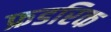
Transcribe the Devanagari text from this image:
फ्रडरिक